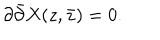
\partial \bar { \partial } X ( z , \bar { z } ) = 0 .